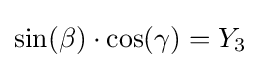
\sin(\beta )\cdot \cos(\gamma )=Y_{3}